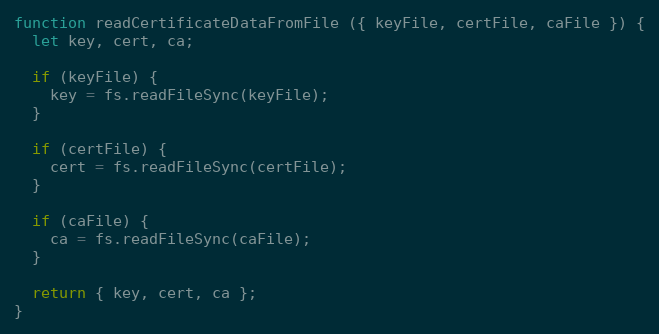
Language: JavaScript
function readCertificateDataFromFile ({ keyFile, certFile, caFile }) {
  let key, cert, ca;

  if (keyFile) {
    key = fs.readFileSync(keyFile);
  }

  if (certFile) {
    cert = fs.readFileSync(certFile);
  }

  if (caFile) {
    ca = fs.readFileSync(caFile);
  }

  return { key, cert, ca };
}